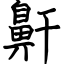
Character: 鼾